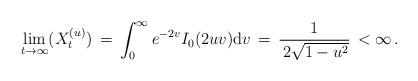
LaTeX: \begin{align*} \lim_{t\to \infty} ( X_{t}^{(u)}) \, =\, \int^{\infty}_{0} e^{-2 v} I_{0} (2 u v) {\mathrm d} v \, =\, \frac{\,1\,}{\,2 \sqrt{ 1 - u^{2}} } \, < \infty\,. \end{align*}